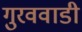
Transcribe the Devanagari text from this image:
गुरववाडी